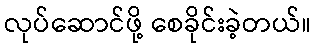
လုပ်ဆောင်ဖို့ စေခိုင်းခဲ့တယ်။